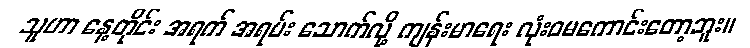
သူဟာ နေ့တိုင်း အရက် အရမ်း သောက်လို့ ကျန်းမာရေး လုံးဝမကောင်းတော့ဘူး။